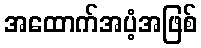
အထောက်အပံ့အဖြစ်